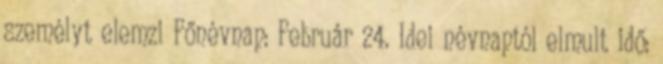
személyt elemzi Főnévnap: Február 24. Idei névnaptól elmult idő: